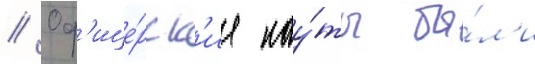
// Оф'ице́рск'ие кау́ты бы́л'и